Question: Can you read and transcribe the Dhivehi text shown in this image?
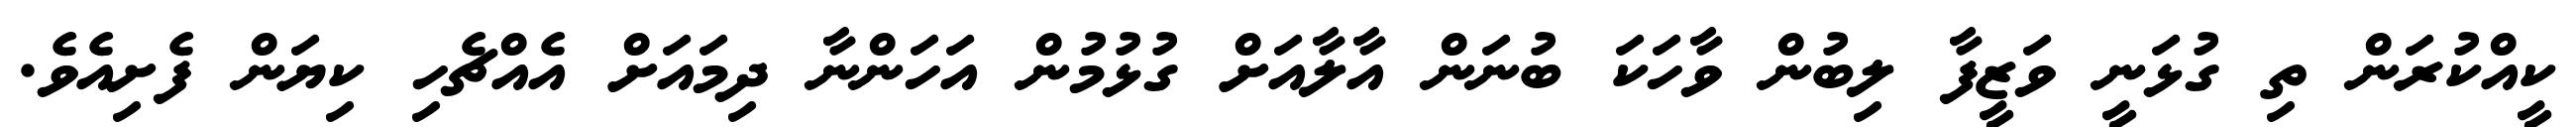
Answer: ކީއްކުރަން ތި ގުޅަނީ ވަޒީފާ ލިބުން ވާހަކަ ބުނަން އާލާއަށް ގުޅުމުން އަހަންނާ ދިމައަށް އެއްޗެހި ކިޔަން ފެށިއެވެ.